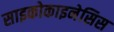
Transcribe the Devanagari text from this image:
साइकोकाइनेसिस